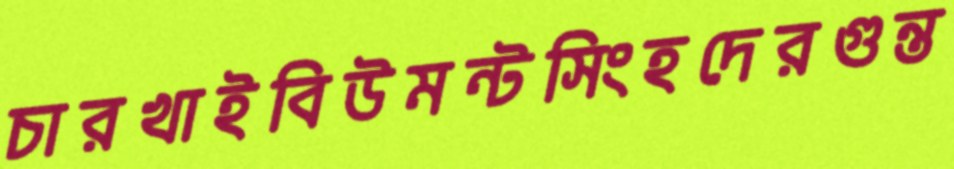
চারখাইবিউমন্টসিংহদেরগুন্ত